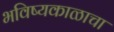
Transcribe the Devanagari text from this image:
भविष्यकाळाचा